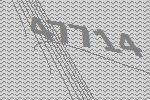
47714